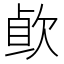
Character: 𰙐